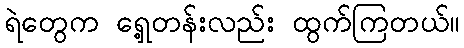
ရဲတွေက ရှေ့တန်းလည်း ထွက်ကြတယ်။